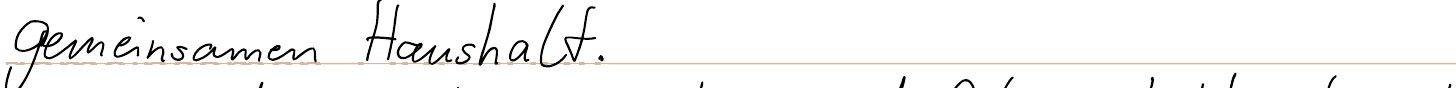
gemeinsamen Haushalt.